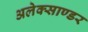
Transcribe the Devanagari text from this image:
अलेक्साण्डर